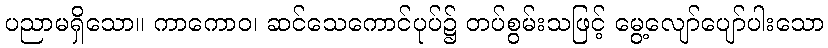
ပညာမရှိသော။ ကာကောဝ၊ ဆင်သေကောင်ပုပ်၌ တပ်စွမ်းသဖြင့် မွေ့လျော်ပျော်ပါးသော